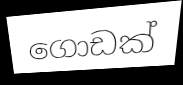
ගොඩක්